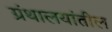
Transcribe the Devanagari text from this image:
ग्रंथालयांतील